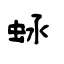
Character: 蜬